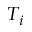
T _ { i }